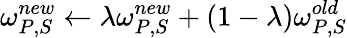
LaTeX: \omega_{P,S}^{new}\leftarrow\lambda\omega_{P,S}^{new}+(1-\lambda)\omega_{P,S}^{old}